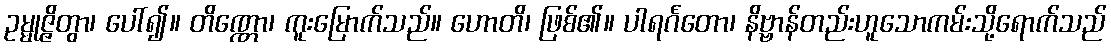
ဥမ္မုဇ္ဇိတွာ၊ ပေါ်၍။ တိဏ္ဏော၊ ကူးမြောက်သည်။ ဟောတိ၊ ဖြစ်၏။ ပါရင်္ဂတော၊ နိဗ္ဗာန်တည်းဟူသောကမ်းသို့ရောက်သည်